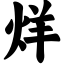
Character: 烊